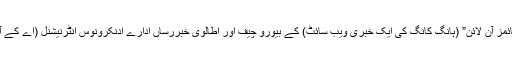
اسلام آباد سے تعلق رکھنے والے سلیم شہزاد “ایشیا ٹائمز آن لائن” (ہانگ کانگ کی ایک خبری ویب سائٹ) کے بیورو چیف اور اطالوی خبررساں ادارے ادنکرونوس انٹرنیشنل (اے کے آئی) کے پاکستان میں جنوبی ایشیائی نامہ نگار تھے۔